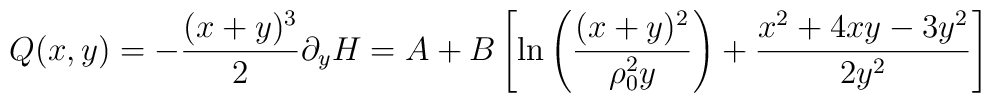
Q(x,y)= - { (x+y)^3\over 2}\partial_y H = A + B \left[ \mathrm{ln}\left({(x+y)^2\over \rho_0^2 y}\right)+ {x^2 +4xy-3y^2\over 2y^2}\right]